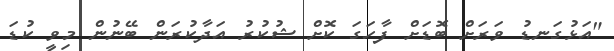
"އަޅުގަނޑު ވަރަށް ބޮޑަށް ފާހަގަ ކޮށް ޝުކުރު އަދާކުރަން ބޭނުން މިވީ ކުޑަ